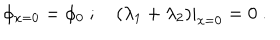
\phi _ { x = 0 } = \phi _ { 0 } \ ; \quad ( \lambda _ { 1 } + \lambda _ { 2 } ) | _ { x = 0 } = 0 \ .